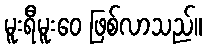
မူးရီမူးဝေ ဖြစ်လာသည်။